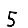
Digit: 5